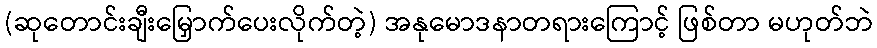
(ဆုတောင်းချီးမြှောက်ပေးလိုက်တဲ့) အနုမောဒနာတရားကြောင့် ဖြစ်တာ မဟုတ်ဘဲ